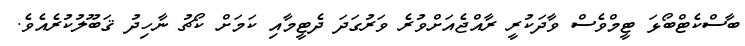
ބާސްކެޓްބޯޅަ ޓީމްވެސް ވާދަކުރީ ރާއްޖެއަށްވުރެ ވަރުގަދަ ދެޓީމާއި ކަމަށް ކޯޗު ނާހިދު ޤަބޫލުކުރެއެވެ.